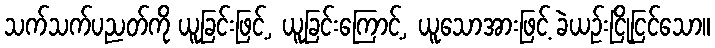
သက်သက်ပညတ်ကို ယူခြင်းဖြင့်, ယူခြင်းကြောင့်, ယူသောအားဖြင့် ခဲယဉ်းငြိုငြင်သော။